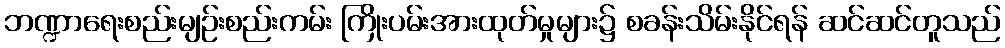
ဘဏ္ဍာရေးစည်းမျဉ်းစည်းကမ်း ကြိုးပမ်းအားထုတ်မှုများ၌ စခန်းသိမ်းနိုင်ရန် ဆင်ဆင်တူသည်